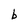
Character: b